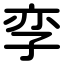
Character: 孪